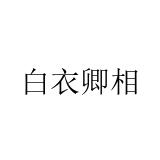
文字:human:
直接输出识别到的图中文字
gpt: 白衣卿相